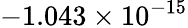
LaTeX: -1.043\times 10^{-15}